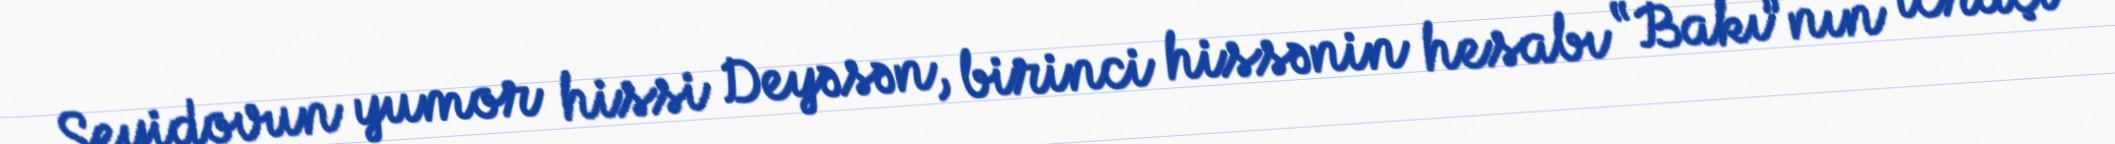
Seyidovun yumor hissi Deyəsən, birinci hissənin hesabı “Bakı”nın icraçı